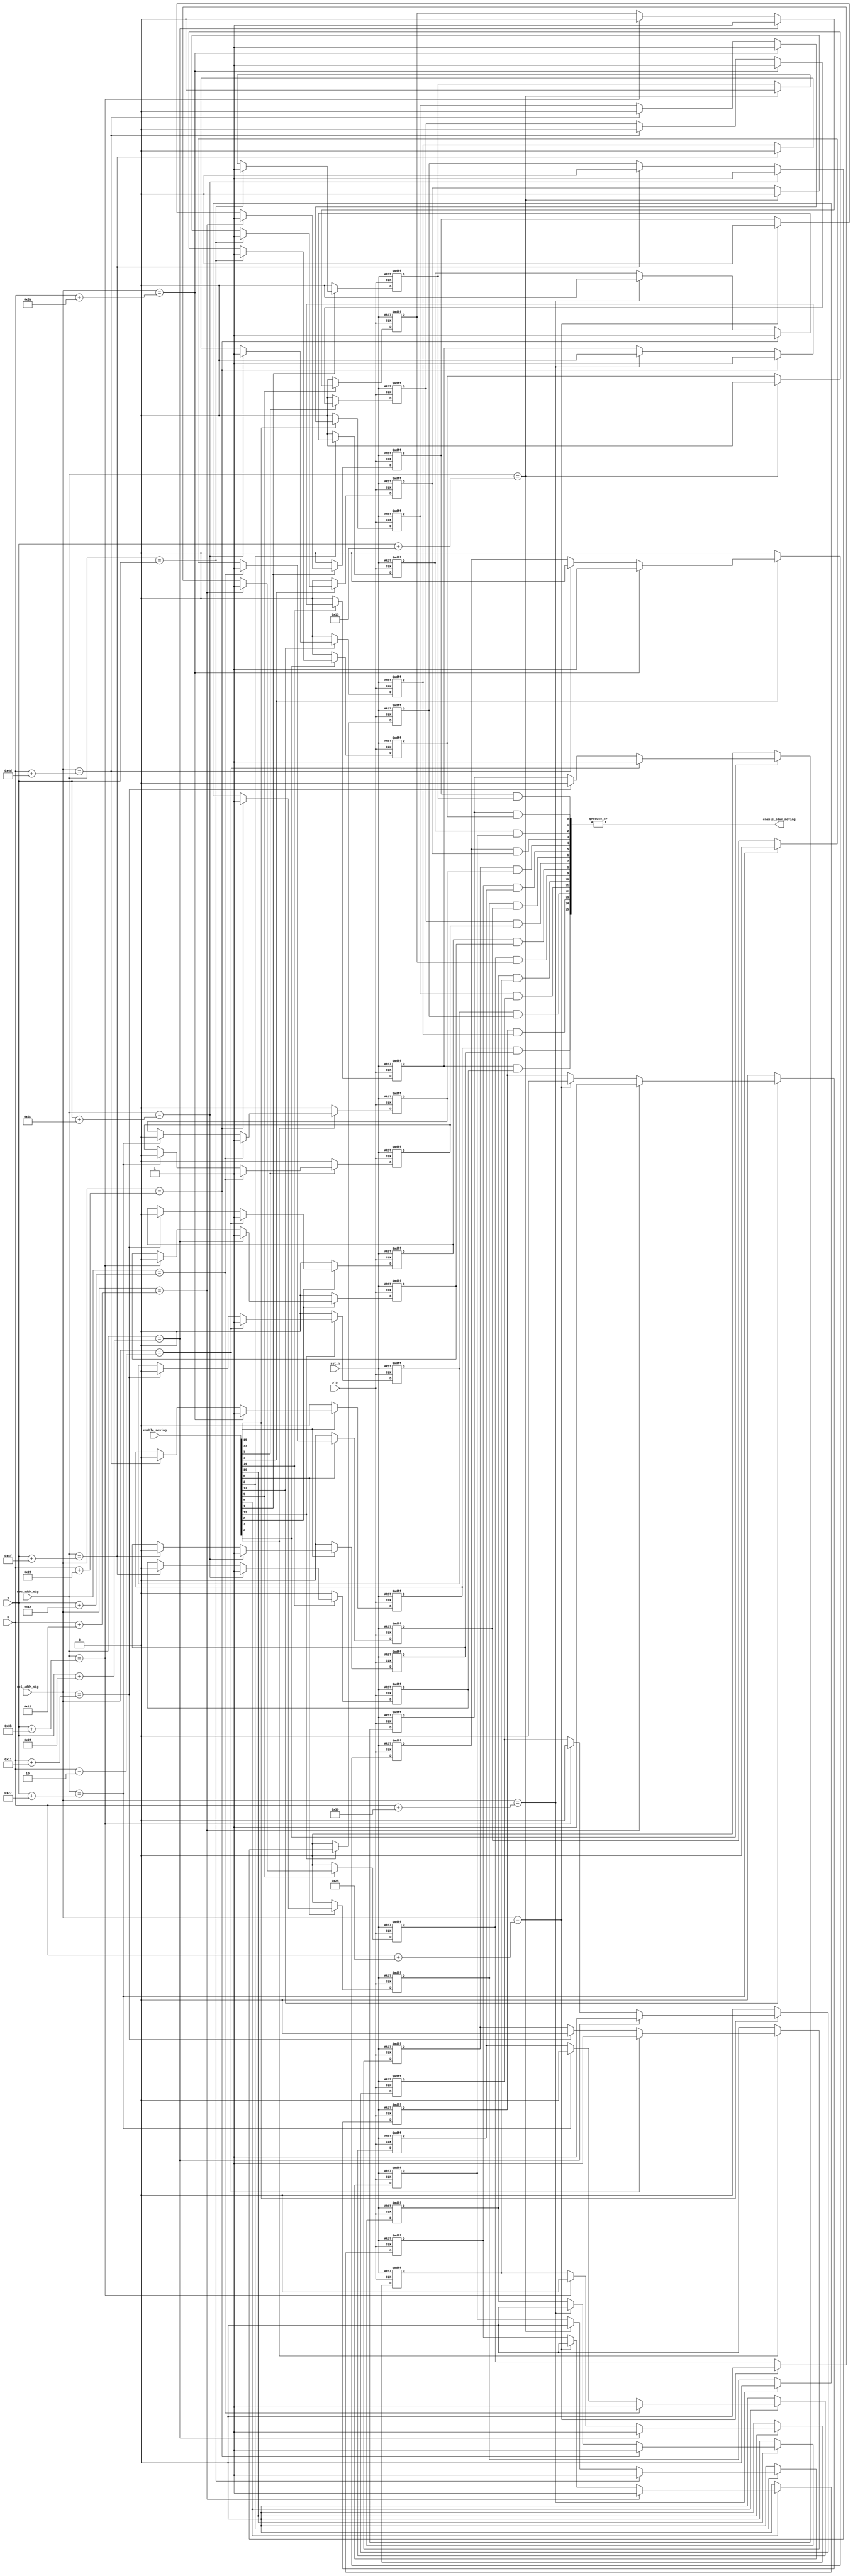
`timescale 1ns / 1ps
//////////////////////////////////////////////////////////////////////////////////
// Company: 
// Engineer: 
// 
// Design Name: 
// Module Name:    display_moving_square 
// Project Name: 
// Target Devices: 
// Tool versions: 
// Description: 
//
// Dependencies: 
//
// Revision: 
// Revision 0.01 - File Created
// Additional Comments: 
//
//////////////////////////////////////////////////////////////////////////////////
module display_moving_square
 (clk, rst_n, col_addr_sig, row_addr_sig, h, v, enable_moving, enable_blue_moving 
 );
 input clk;
 input rst_n;
 input[10:0] col_addr_sig;
 input[10:0] row_addr_sig;
 input[10:0] h;
 input[10:0] v;
 input[15:0] enable_moving;
 output enable_blue_moving;
 
 /**************************************************/
 
 reg[15:0] enable_blue_moving_h;
 
 always @ ( posedge clk or negedge rst_n )
   begin
     if( !rst_n )
        enable_blue_moving_h[0] <= 1'b0;
     else if( enable_moving[0] == 1'b1 )
        begin
          if( col_addr_sig == h - 11'd2 )
             enable_blue_moving_h[0] <= 1'b1;
          else if( col_addr_sig == h + 11'd17 )
             enable_blue_moving_h[0] <= 1'b0;
          else 
             enable_blue_moving_h[0] <= enable_blue_moving_h[0]; 
        end
     else
        enable_blue_moving_h[0] <= 1'b0;
   end
   
 always @ ( posedge clk or negedge rst_n )
   begin
     if( !rst_n )
        enable_blue_moving_h[1] <= 1'b0;
     else if( enable_moving[1] == 1'b1 )
        begin
          if( col_addr_sig == h + 11'd18 )
             enable_blue_moving_h[1] <= 1'b1;
          else if( col_addr_sig == h + 11'd37 )
             enable_blue_moving_h[1] <= 1'b0;
          else 
             enable_blue_moving_h[1] <= enable_blue_moving_h[1]; 
        end
     else
        enable_blue_moving_h[1] <=1'b0;
   end
   
 always @ ( posedge clk or negedge rst_n )
   begin
     if( !rst_n )
        enable_blue_moving_h[2] <= 1'b0;
     else if( enable_moving[2] == 1'b1 )
        begin
          if( col_addr_sig == h + 11'd38 )
             enable_blue_moving_h[2] <= 1'b1;
          else if( col_addr_sig == h + 11'd57 )
             enable_blue_moving_h[2] <= 1'b0;
          else 
             enable_blue_moving_h[2] <= enable_blue_moving_h[2]; 
        end
     else
        enable_blue_moving_h[2] <=1'b0;
   end
   
 always @ ( posedge clk or negedge rst_n )
   begin
     if( !rst_n )
        enable_blue_moving_h[3] <= 1'b0;
     else if( enable_moving[3] == 1'b1 )
        begin
          if( col_addr_sig == h + 11'd58 )
             enable_blue_moving_h[3] <= 1'b1;
          else if( col_addr_sig == h + 11'd77 )
             enable_blue_moving_h[3] <= 1'b0;
          else 
             enable_blue_moving_h[3] <= enable_blue_moving_h[3]; 
        end
     else
        enable_blue_moving_h[3] <= 1'b0;
   end                   
                        
 always @ ( posedge clk or negedge rst_n )
   begin
     if( !rst_n )
        enable_blue_moving_h[4] <= 1'b0;
     else if( enable_moving[4] == 1'b1 )
        begin
          if( col_addr_sig == h - 11'd2 )
             enable_blue_moving_h[4] <= 1'b1;
          else if( col_addr_sig == h + 11'd17 )
             enable_blue_moving_h[4] <= 1'b0;
          else 
             enable_blue_moving_h[4] <= enable_blue_moving_h[4]; 
        end
     else
        enable_blue_moving_h[4] <= 1'b0;
   end 
   
 always @ ( posedge clk or negedge rst_n )
   begin
     if( !rst_n )
        enable_blue_moving_h[5] <= 1'b0;
     else if( enable_moving[5] == 1'b1 )
        begin
          if( col_addr_sig == h + 11'd18 )
             enable_blue_moving_h[5] <= 1'b1;
          else if( col_addr_sig == h + 11'd37 )
             enable_blue_moving_h[5] <= 1'b0;
          else 
             enable_blue_moving_h[5] <= enable_blue_moving_h[5]; 
        end
     else
        enable_blue_moving_h[5] <=1'b0;
   end 
   
 always @ ( posedge clk or negedge rst_n )
   begin
     if( !rst_n )
        enable_blue_moving_h[6] <= 1'b0;
     else if( enable_moving[6] == 1'b1 )
        begin
          if( col_addr_sig == h + 11'd38 )
             enable_blue_moving_h[6] <= 1'b1;
          else if( col_addr_sig == h + 11'd57 )
             enable_blue_moving_h[6] <= 1'b0;
          else 
             enable_blue_moving_h[6] <= enable_blue_moving_h[6]; 
        end
     else
        enable_blue_moving_h[6] <= 1'b0;
   end 
   
 always @ ( posedge clk or negedge rst_n )
   begin
     if( !rst_n )
        enable_blue_moving_h[7] <= 1'b0;
     else if( enable_moving[7] == 1'b1 )
        begin
          if( col_addr_sig == h + 11'd58 )
             enable_blue_moving_h[7] <= 1'b1;
          else if( col_addr_sig == h + 11'd77 )
             enable_blue_moving_h[7] <= 1'b0;
          else 
             enable_blue_moving_h[7] <= enable_blue_moving_h[7]; 
        end
     else
        enable_blue_moving_h[7] <=1'b0;
   end 
   
 always @ ( posedge clk or negedge rst_n )
   begin
     if( !rst_n )
        enable_blue_moving_h[8] <= 1'b0;
     else if( enable_moving[8] == 1'b1 )
        begin
          if( col_addr_sig == h - 11'd2 )
             enable_blue_moving_h[8] <= 1'b1;
          else if( col_addr_sig == h + 11'd17 )
             enable_blue_moving_h[8] <= 1'b0;
          else 
             enable_blue_moving_h[8] <= enable_blue_moving_h[8]; 
        end
     else
        enable_blue_moving_h[8] <= 1'b0;
   end
   
 always @ ( posedge clk or negedge rst_n )
   begin
     if( !rst_n )
        enable_blue_moving_h[9] <= 1'b0;
     else if( enable_moving[9] == 1'b1 )
        begin
          if( col_addr_sig == h + 11'd18 )
             enable_blue_moving_h[9] <= 1'b1;
          else if( col_addr_sig == h + 11'd37 )
             enable_blue_moving_h[9] <= 1'b0;
          else 
             enable_blue_moving_h[9] <= enable_blue_moving_h[9]; 
        end
     else
        enable_blue_moving_h[9] <= 1'b0;
   end 
   
 always @ ( posedge clk or negedge rst_n )
   begin
     if( !rst_n )
        enable_blue_moving_h[10] <= 1'b0;
     else if( enable_moving[10] == 1'b1 )
        begin
          if( col_addr_sig == h + 11'd38 )
             enable_blue_moving_h[10] <= 1'b1;
          else if( col_addr_sig == h + 11'd57 )
             enable_blue_moving_h[10] <= 1'b0;
          else 
             enable_blue_moving_h[10] <= enable_blue_moving_h[10]; 
        end
     else
        enable_blue_moving_h[10] <=1'b0;
   end                            

 always @ ( posedge clk or negedge rst_n )
   begin
     if( !rst_n )
        enable_blue_moving_h[11] <= 1'b0;
     else if( enable_moving[11] == 1'b1 )
        begin
          if( col_addr_sig == h + 11'd58 )
             enable_blue_moving_h[11] <= 1'b1;
          else if( col_addr_sig == h + 11'd77 )
             enable_blue_moving_h[11] <= 1'b0;
          else 
             enable_blue_moving_h[11] <= enable_blue_moving_h[11]; 
        end
     else
        enable_blue_moving_h[11] <=1'b0;
   end 
   
 always @ ( posedge clk or negedge rst_n )
   begin
     if( !rst_n )
        enable_blue_moving_h[12] <= 1'b0;
     else if( enable_moving[12] == 1'b1 )
        begin
          if( col_addr_sig == h - 11'd2 )
             enable_blue_moving_h[12] <= 1'b1;
          else if( col_addr_sig == h + 11'd17 )
             enable_blue_moving_h[12] <= 1'b0;
          else 
             enable_blue_moving_h[12] <= enable_blue_moving_h[12]; 
        end
     else
        enable_blue_moving_h[12] <=1'b0;
   end 
   
 always @ ( posedge clk or negedge rst_n )
   begin
     if( !rst_n )
        enable_blue_moving_h[13] <= 1'b0;
     else if( enable_moving[13] == 1'b1 )
        begin
          if( col_addr_sig == h + 11'd18 )
             enable_blue_moving_h[13] <= 1'b1;
          else if( col_addr_sig == h + 11'd37 )
             enable_blue_moving_h[13] <= 1'b0;
          else 
             enable_blue_moving_h[13] <= enable_blue_moving_h[13]; 
        end
     else
        enable_blue_moving_h[13] <= 1'b0;
   end 
   
 always @ ( posedge clk or negedge rst_n )
   begin
     if( !rst_n )
        enable_blue_moving_h[14] <= 1'b0;
     else if( enable_moving[14] == 1'b1 )
        begin
          if( col_addr_sig == h + 11'd38 )
             enable_blue_moving_h[14] <= 1'b1;
          else if( col_addr_sig == h + 11'd57 )
             enable_blue_moving_h[14] <= 1'b0;
          else 
             enable_blue_moving_h[14] <= enable_blue_moving_h[14]; 
        end
     else
        enable_blue_moving_h[14] <=1'b0;
   end 
   
 always @ ( posedge clk or negedge rst_n )
   begin
     if( !rst_n )
        enable_blue_moving_h[15] <= 1'b0;
     else if( enable_moving[15] == 1'b1 )
        begin
          if( col_addr_sig == h + 11'd58 )
             enable_blue_moving_h[15] <= 1'b1;
          else if( col_addr_sig == h + 11'd77 )
             enable_blue_moving_h[15] <= 1'b0;
          else 
             enable_blue_moving_h[15] <= enable_blue_moving_h[15]; 
        end
     else
        enable_blue_moving_h[15] <=1'b0;
   end 
   
 /**************************************************/
 
 reg[15:0] enable_blue_moving_v;
 
 always @ ( posedge clk or negedge rst_n )
   begin
     if( !rst_n )
        enable_blue_moving_v[0] <= 1'b0;
     else if( enable_moving[0] == 1'b1 )
        begin
          if( row_addr_sig == v )
             enable_blue_moving_v[0] <= 1'b1;
          else if( row_addr_sig == v + 11'd19 )
             enable_blue_moving_v[0] <= 1'b0; 
          else 
             enable_blue_moving_v[0] <= enable_blue_moving_v[0];
        end
     else 
        enable_blue_moving_v[0] <=1'b0;
   end 
   
 always @ ( posedge clk or negedge rst_n )
   begin
     if( !rst_n )
        enable_blue_moving_v[4] <= 1'b0;
     else if( enable_moving[4] == 1'b1 )
        begin
          if( row_addr_sig == v + 11'd20 )
             enable_blue_moving_v[4] <= 1'b1;
          else if( row_addr_sig == v + 11'd39 )
             enable_blue_moving_v[4] <= 1'b0; 
          else 
             enable_blue_moving_v[4] <= enable_blue_moving_v[4];
        end
     else 
        enable_blue_moving_v[4] <=1'b0;
   end                             
 
 always @ ( posedge clk or negedge rst_n )
   begin
     if( !rst_n )
        enable_blue_moving_v[8] <= 1'b0;
     else if( enable_moving[8] == 1'b1 )
        begin
          if( row_addr_sig == v + 11'd40 )
             enable_blue_moving_v[8] <= 1'b1;
          else if( row_addr_sig == v + 11'd59 )
             enable_blue_moving_v[8] <= 1'b0; 
          else 
             enable_blue_moving_v[8] <= enable_blue_moving_v[8];
        end
     else 
        enable_blue_moving_v[8] <=1'b0;
   end  
   
 always @ ( posedge clk or negedge rst_n )
   begin
     if( !rst_n )
        enable_blue_moving_v[12] <= 1'b0;
     else if( enable_moving[12] == 1'b1 )
        begin
          if( row_addr_sig == v + 11'd60 )
             enable_blue_moving_v[12] <= 1'b1;
          else if( row_addr_sig == v + 11'd79 )
             enable_blue_moving_v[12] <= 1'b0; 
          else 
             enable_blue_moving_v[12] <= enable_blue_moving_v[12];
        end
     else 
        enable_blue_moving_v[12] <= 1'b0;
   end
   
 always @ ( posedge clk or negedge rst_n )
   begin
     if( !rst_n )
        enable_blue_moving_v[1] <= 1'b0;
     else if( enable_moving[1] == 1'b1 )
        begin
          if( row_addr_sig == v )
             enable_blue_moving_v[1] <= 1'b1;
          else if( row_addr_sig == v + 11'd19 )
             enable_blue_moving_v[1] <= 1'b0; 
          else 
             enable_blue_moving_v[1] <= enable_blue_moving_v[1];
        end
     else 
        enable_blue_moving_v[1] <=1'b0;
   end 
   
 always @ ( posedge clk or negedge rst_n )
   begin
     if( !rst_n )
        enable_blue_moving_v[5] <= 1'b0;
     else if( enable_moving[5] == 1'b1 )
        begin
          if( row_addr_sig == v + 11'd20 )
             enable_blue_moving_v[5] <= 1'b1;
          else if( row_addr_sig == v + 11'd39 )
             enable_blue_moving_v[5] <= 1'b0; 
          else 
             enable_blue_moving_v[5] <= enable_blue_moving_v[5];
        end
     else 
        enable_blue_moving_v[5] <=1'b0;
   end 
   
 always @ ( posedge clk or negedge rst_n )
   begin
     if( !rst_n )
        enable_blue_moving_v[9] <= 1'b0;
     else if( enable_moving[9] == 1'b1 )
        begin
          if( row_addr_sig == v + 11'd40 )
             enable_blue_moving_v[9] <= 1'b1;
          else if( row_addr_sig == v + 11'd59 )
             enable_blue_moving_v[9] <= 1'b0; 
          else 
             enable_blue_moving_v[9] <= enable_blue_moving_v[9];
        end
     else 
        enable_blue_moving_v[9] <=1'b0;
   end 
   
 always @ ( posedge clk or negedge rst_n )
   begin
     if( !rst_n )
        enable_blue_moving_v[13] <= 1'b0;
     else if( enable_moving[13] == 1'b1 )
        begin
          if( row_addr_sig == v + 11'd60 )
             enable_blue_moving_v[13] <= 1'b1;
          else if( row_addr_sig == v + 11'd79 )
             enable_blue_moving_v[13] <= 1'b0; 
          else 
             enable_blue_moving_v[13] <= enable_blue_moving_v[13];
        end
     else 
        enable_blue_moving_v[13] <=1'b0;
   end 
   
 always @ ( posedge clk or negedge rst_n )
   begin
     if( !rst_n )
        enable_blue_moving_v[2] <= 1'b0;
     else if( enable_moving[2] == 1'b1 )
        begin
          if( row_addr_sig == v )
             enable_blue_moving_v[2] <= 1'b1;
          else if( row_addr_sig == v + 11'd19 )
             enable_blue_moving_v[2] <= 1'b0; 
          else 
             enable_blue_moving_v[2] <= enable_blue_moving_v[2];
        end
     else 
        enable_blue_moving_v[2] <=1'b0;
   end 
   
 always @ ( posedge clk or negedge rst_n )
   begin
     if( !rst_n )
        enable_blue_moving_v[6] <= 1'b0;
     else if( enable_moving[6] == 1'b1 )
        begin
          if( row_addr_sig == v + 11'd20 )
             enable_blue_moving_v[6] <= 1'b1;
          else if( row_addr_sig == v + 11'd39 )
             enable_blue_moving_v[6] <= 1'b0; 
          else 
             enable_blue_moving_v[6] <= enable_blue_moving_v[6];
        end
     else 
        enable_blue_moving_v[6] <=1'b0;
   end 
   
 always @ ( posedge clk or negedge rst_n )
   begin
     if( !rst_n )
        enable_blue_moving_v[10] <= 1'b0;
     else if( enable_moving[10] == 1'b1 )
        begin
          if( row_addr_sig == v + 11'd40 )
             enable_blue_moving_v[10] <= 1'b1;
          else if( row_addr_sig == v + 11'd59 )
             enable_blue_moving_v[10] <= 1'b0; 
          else 
             enable_blue_moving_v[10] <= enable_blue_moving_v[10];
        end
     else 
        enable_blue_moving_v[10] <=1'b0;
   end  
   
 always @ ( posedge clk or negedge rst_n )
   begin
     if( !rst_n )
        enable_blue_moving_v[14] <= 1'b0;
     else if( enable_moving[14] == 1'b1 )
        begin
          if( row_addr_sig == v + 11'd60 )
             enable_blue_moving_v[14] <= 1'b1;
          else if( row_addr_sig == v + 11'd79 )
             enable_blue_moving_v[14] <= 1'b0; 
          else 
             enable_blue_moving_v[14] <= enable_blue_moving_v[14];
        end
     else 
        enable_blue_moving_v[14] <=1'b0;
   end 
   
 always @ ( posedge clk or negedge rst_n )
   begin
     if( !rst_n )
        enable_blue_moving_v[3] <= 1'b0;
     else if( enable_moving[3] == 1'b1 )
        begin
          if( row_addr_sig == v )
             enable_blue_moving_v[3] <= 1'b1;
          else if( row_addr_sig == v + 11'd19 )
             enable_blue_moving_v[3] <= 1'b0; 
          else 
             enable_blue_moving_v[3] <= enable_blue_moving_v[3];
        end
     else 
        enable_blue_moving_v[3] <=1'b0;
   end  
   
 always @ ( posedge clk or negedge rst_n )
   begin
     if( !rst_n )
        enable_blue_moving_v[7] <= 1'b0;
     else if( enable_moving[7] == 1'b1 )
        begin
          if( row_addr_sig == v + 11'd20 )
             enable_blue_moving_v[7] <= 1'b1;
          else if( row_addr_sig == v + 11'd39 )
             enable_blue_moving_v[7] <= 1'b0; 
          else 
             enable_blue_moving_v[7] <= enable_blue_moving_v[7];
        end
     else 
        enable_blue_moving_v[7] <= 1'b0;
   end 
   
 always @ ( posedge clk or negedge rst_n )
   begin
     if( !rst_n )
        enable_blue_moving_v[11] <= 1'b0;
     else if( enable_moving[11] == 1'b1 )
        begin
          if( row_addr_sig == v + 11'd40 )
             enable_blue_moving_v[11] <= 1'b1;
          else if( row_addr_sig == v + 11'd59 )
             enable_blue_moving_v[11] <= 1'b0; 
          else 
             enable_blue_moving_v[11] <= enable_blue_moving_v[11];
        end
     else 
        enable_blue_moving_v[11] <=1'b0;
   end 
   
 always @ ( posedge clk or negedge rst_n )
   begin
     if( !rst_n )
        enable_blue_moving_v[15] <= 1'b0;
     else if( enable_moving[15] == 1'b1 )
        begin
          if( row_addr_sig == v + 11'd60 )
             enable_blue_moving_v[15] <= 1'b1;
          else if( row_addr_sig == v + 11'd79 )
             enable_blue_moving_v[15] <= 1'b0; 
          else 
             enable_blue_moving_v[15] <= enable_blue_moving_v[15];
        end
     else 
        enable_blue_moving_v[15] <=1'b0;
   end 
   
 /**************************************************/
 
wire[15:0] enable_blue_moving_r;
 

assign  enable_blue_moving_r[0] = enable_blue_moving_h[0]&enable_blue_moving_v[0];
assign  enable_blue_moving_r[1] = enable_blue_moving_h[1]&enable_blue_moving_v[1];
assign  enable_blue_moving_r[2] = enable_blue_moving_h[2]&enable_blue_moving_v[2];
assign  enable_blue_moving_r[3] = enable_blue_moving_h[3]&enable_blue_moving_v[3];
assign  enable_blue_moving_r[4] = enable_blue_moving_h[4]&enable_blue_moving_v[4];
assign  enable_blue_moving_r[5] = enable_blue_moving_h[5]&enable_blue_moving_v[5];
assign  enable_blue_moving_r[6] = enable_blue_moving_h[6]&enable_blue_moving_v[6];
assign  enable_blue_moving_r[7] = enable_blue_moving_h[7]&enable_blue_moving_v[7];
assign  enable_blue_moving_r[8] = enable_blue_moving_h[8]&enable_blue_moving_v[8];
assign  enable_blue_moving_r[9] = enable_blue_moving_h[9]&enable_blue_moving_v[9];
assign  enable_blue_moving_r[10] = enable_blue_moving_h[10]&enable_blue_moving_v[10];
assign  enable_blue_moving_r[11] = enable_blue_moving_h[11]&enable_blue_moving_v[11];
assign  enable_blue_moving_r[12] = enable_blue_moving_h[12]&enable_blue_moving_v[12];
assign  enable_blue_moving_r[13] = enable_blue_moving_h[13]&enable_blue_moving_v[13];
assign  enable_blue_moving_r[14] = enable_blue_moving_h[14]&enable_blue_moving_v[14];
assign  enable_blue_moving_r[15] = enable_blue_moving_h[15]&enable_blue_moving_v[15];

 
   
 /**************************************************/
 
 assign enable_blue_moving =|enable_blue_moving_r;
 
 /**************************************************/
 
 endmodule